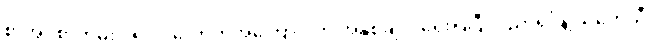
စာအုပ်စာတမ်း ၁၅၀၀ လောက်အကြောင်းကို အနှစ်ချုပ် ရေးပြပြီး ပညာရှင်နဲ့ သုတေသီ